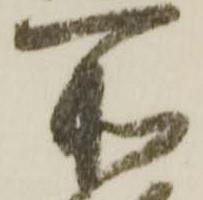
所